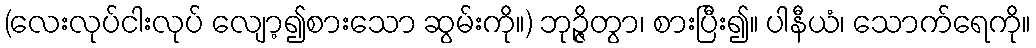
(လေးလုပ်ငါးလုပ် လျော့၍စားသော ဆွမ်းကို။) ဘုဉ္ဇိတွာ၊ စားပြီး၍။ ပါနီယံ၊ သောက်ရေကို။